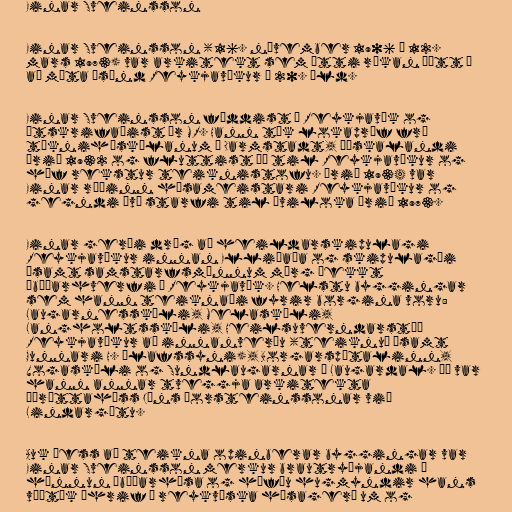
Einar Sveinsson

Einar Sveinsson (16. nóvember 1906 – 12.
mars 1973) var arkitekt sem átti ríkan þátt í
að móta ásýnd Reykjavíkur á 20. öld.

Einar Sveinsson fæddist í Reykjavík og
útskrifaðist úr MR. Hann tók lokapróf frá
tækniháskólanum í Darmstadt, Þýskalandi
árið 1932 og fluttist þá til Reykjavíkur og
hóf rekstur teiknistofu. Árið 1934 var
Einar ráðinn húsameistari Reykjavíkur og
gegndi því starfi til æviloka árið 1973.

Einar gerði drög að heildarskipulagi
Reykjavíkur innan Elliðaáa og skipulagði
ásamt samstarfsmönnum mörg þekkt
íbúðarhverfi í Reykjavík. Helstu byggingar
sem hann teiknaði fyrir borgina voru:
Laugarnesskóli, Melaskóli,
Langholtsskóli, Heilsuverndarstöð
Reykjavíkur að innanverðu (teiknuð ásamt
Gunnari H. Ólafssyni), Borgarspítalinn,
Vogaskóli og Sundlaugarnar í Laugardal. Þá var
hann annar tveggja arkitekta
Íþróttahúss Jóns Þorsteinssonar við
Lindargötu.

Auk þess að teikna opinberar byggingar var
Einar Sveinsson merkur brautryðjandi í
hönnun íbúðarhúsa og höfðu hugmyndir hans
víðtæk áhrif á reykvíska húsagerð um og